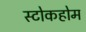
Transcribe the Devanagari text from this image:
स्टोकहोम